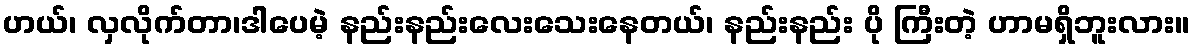
ဟယ်၊ လှလိုက်တာ၊ဒါပေမဲ့ နည်းနည်းလေးသေးနေတယ်၊ နည်းနည်း ပို ကြီးတဲ့ ဟာမရှိဘူးလား။